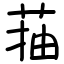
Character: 菗